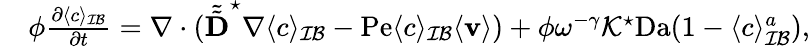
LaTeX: \begin{array}{rl}&{\phi\frac{\partial\langle c\rangle_{\mathcal{IB}}}{\partial t}=\nabla\cdot(\tilde{\tilde{\textbf{D}}}^{\star}\nabla\langle c\rangle_{\mathcal{IB}}-\mathrm{Pe}\langle c\rangle_{\mathcal{IB}}\langle\mathbf{v}\rangle)+\phi\omega^{-\gamma}\mathcal{K}^{\star}\mathrm{Da}(1-\langle c\rangle_{\mathcal{IB}}^{a}),}\end{array}